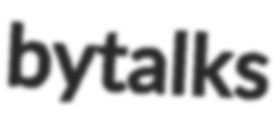
bytalks